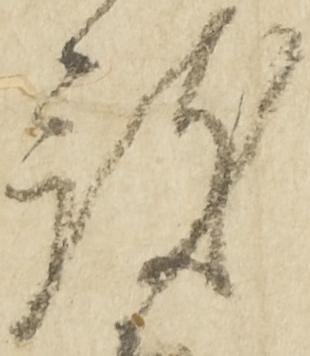
被